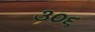
૩૦૬